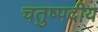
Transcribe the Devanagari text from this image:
चतुष्पदीय